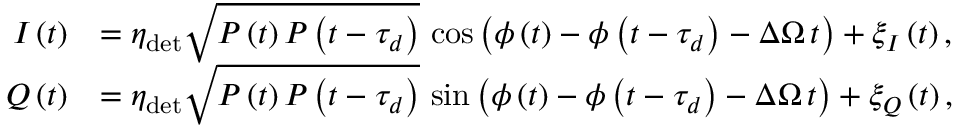
\begin{array} { r l } { I \left( t \right) } & { = \eta _ { \mathrm { d e t } } \sqrt { P \left( t \right) P \left( t - \tau _ { d } \right) } \, \cos { \left( \phi \left( t \right) - \phi \left( t - \tau _ { d } \right) - \Delta \Omega \, t \right) } + \xi _ { I } \left( t \right) , } \\ { Q \left( t \right) } & { = \eta _ { \mathrm { d e t } } \sqrt { P \left( t \right) P \left( t - \tau _ { d } \right) } \, \sin { \left( \phi \left( t \right) - \phi \left( t - \tau _ { d } \right) - \Delta \Omega \, t \right) } + \xi _ { Q } \left( t \right) , } \end{array}